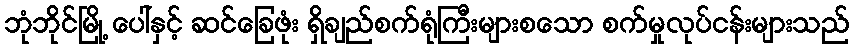
ဘုံဘိုင်မြို့ ပေါ်နှင့် ဆင်ခြေဖုံး ရှိချည်စက်ရုံကြီးများစသော စက်မှုလုပ်ငန်းများသည်